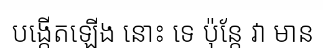
បង្កើតឡើង នោះ ទេ ប៉ុន្តែ វា មាន